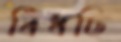
বিঁধছি